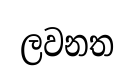
ලවනත